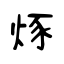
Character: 烼